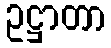
ဥဋ္ဌာတာ